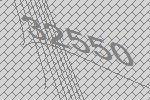
32550